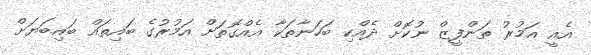
އެއީ އަމުރު ތަންފީޒް ނުކޮށް ދެއްކި ބަހަނާތަކާ އެއްގޮތަށް އަމުރުގެ ބައިތައް ބައިބަޔަށް